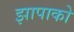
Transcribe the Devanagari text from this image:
झापाको